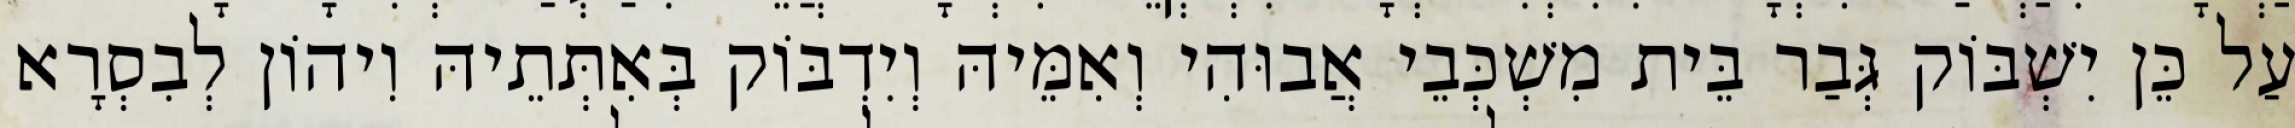
עַל כֵּן יִשְׁבּוֹק גְּבַר בֵּית מִשְׁכְּבֵי אֲבוּהִי וְאִמֵּיהּ וְיִדְבּוֹק בְּאִתְּתֵיהּ וִיהוֹן לְבִסְרָא